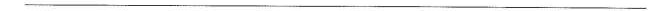
___